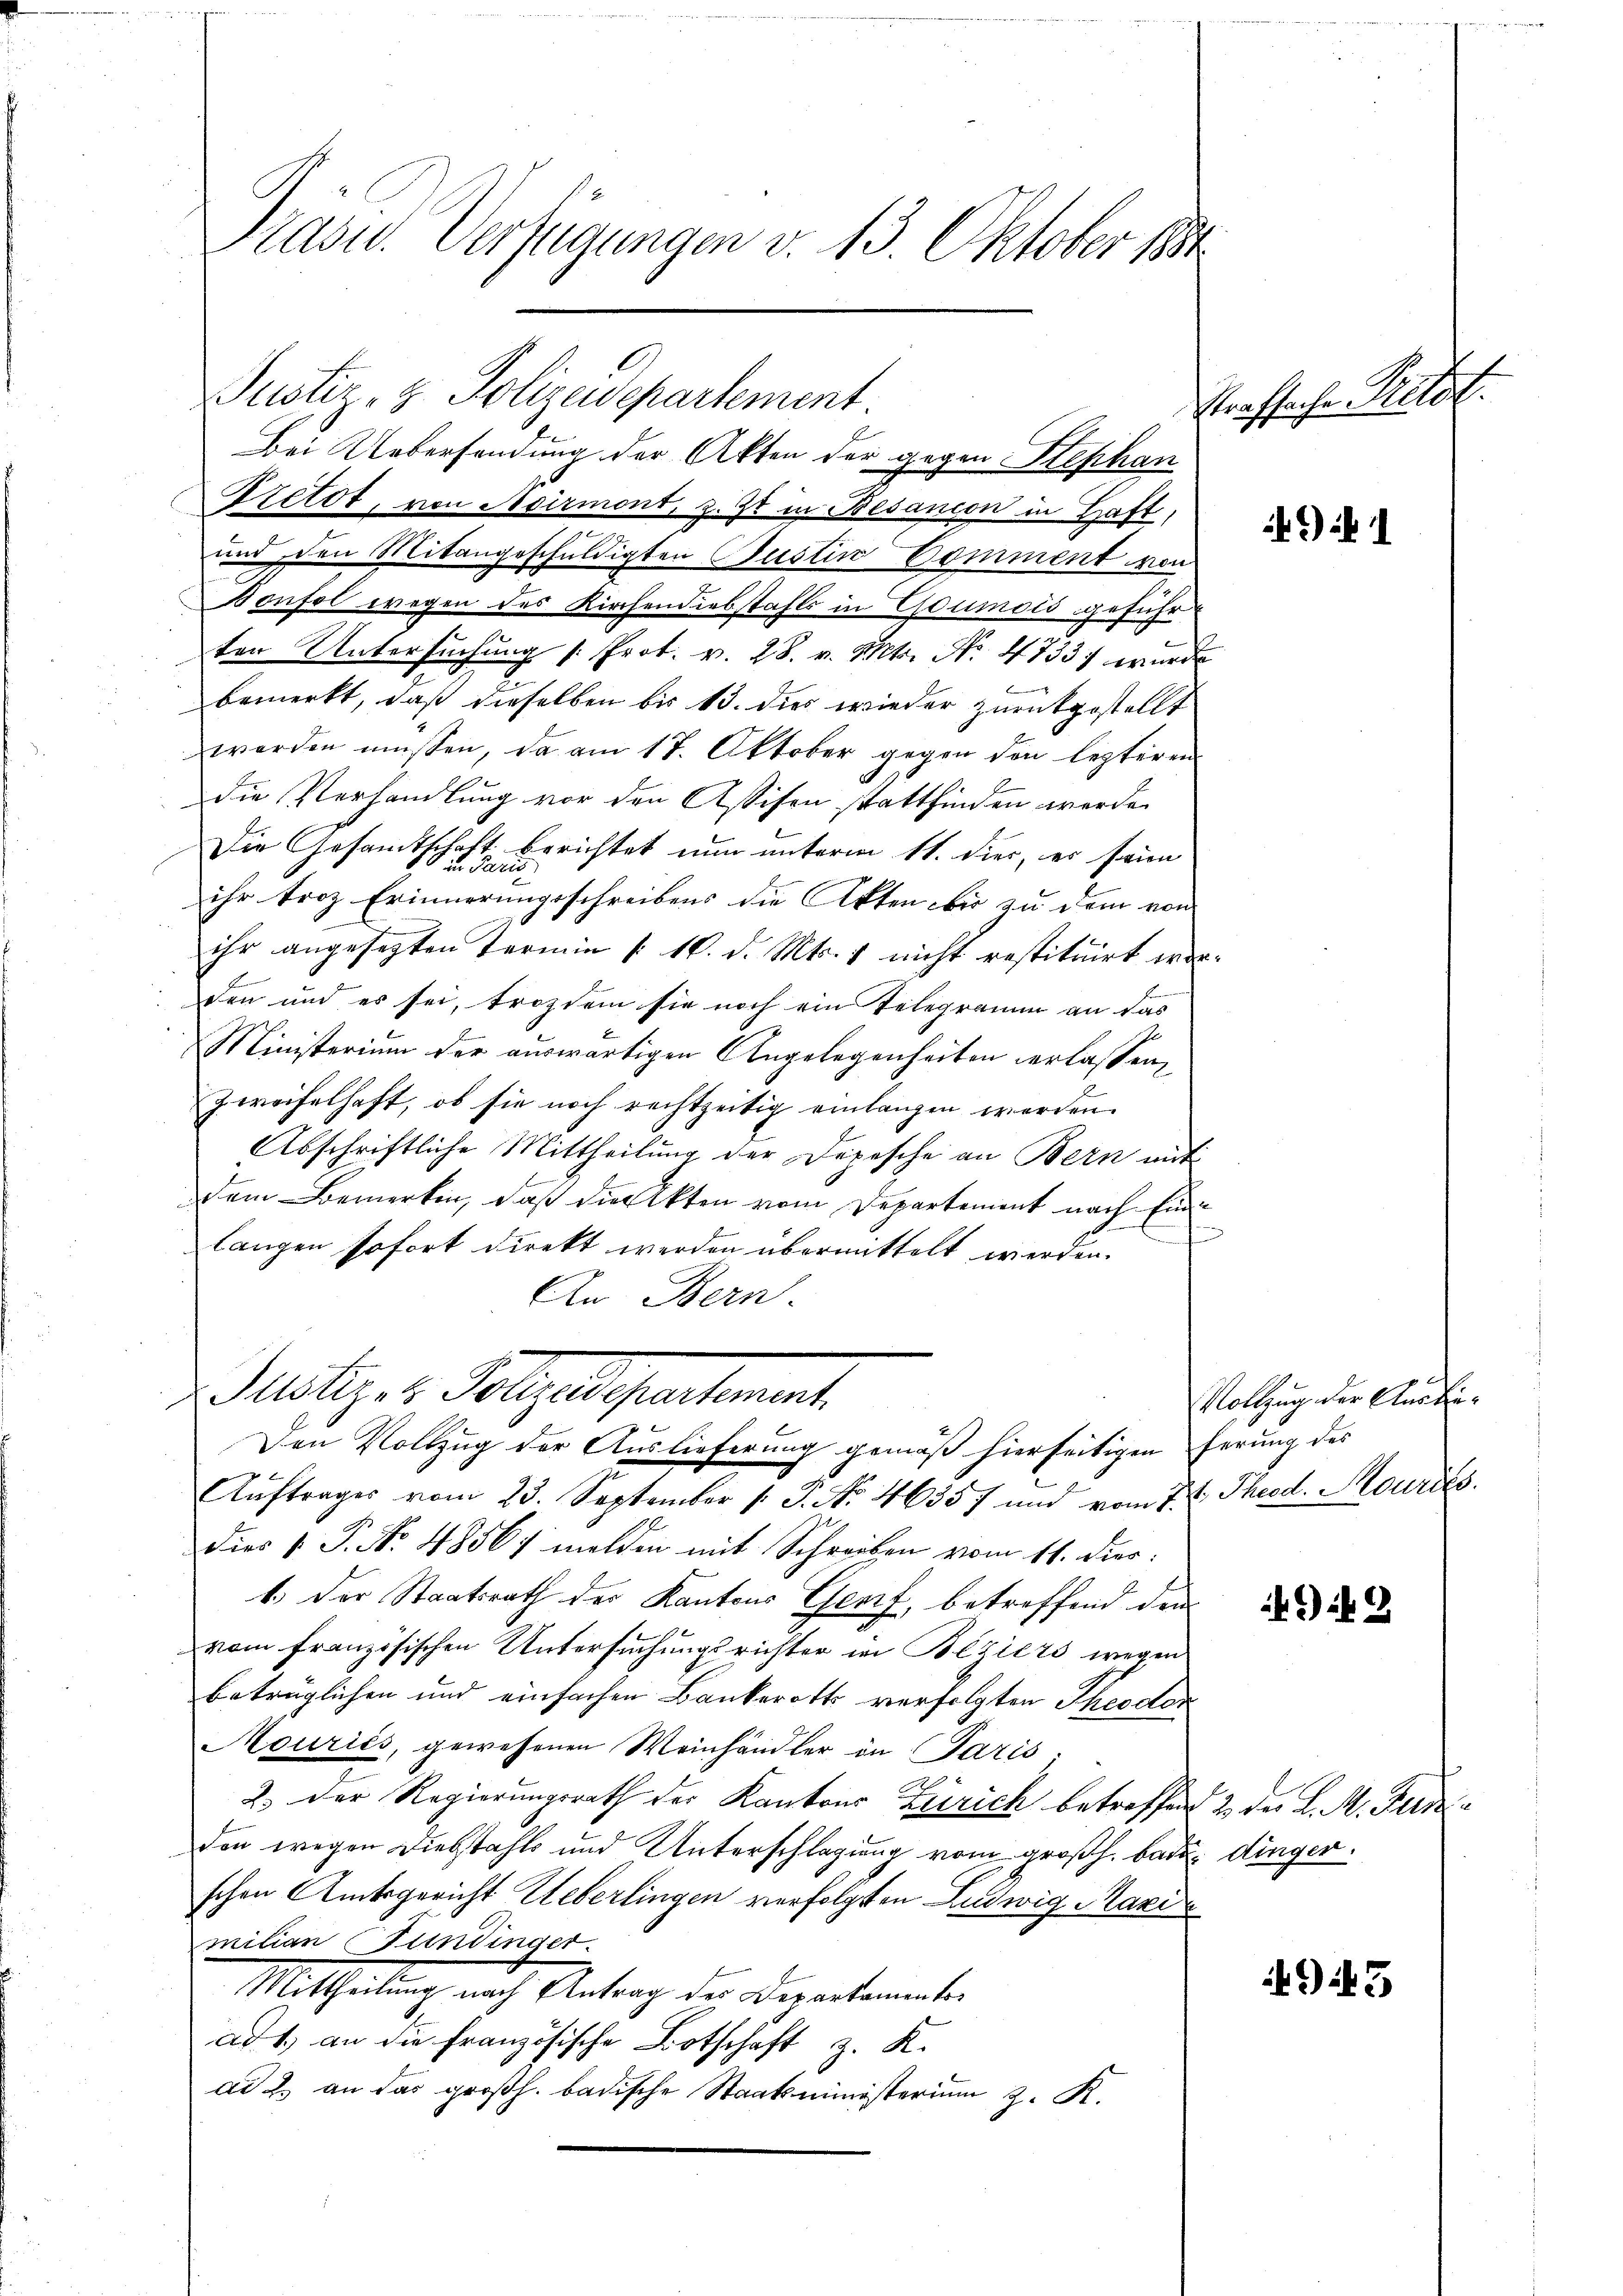
Präsid. Verfügungen v. 13. Oktober 184

Justiz- & Polizadepartement.
Bei Uebersendung der Akten der gegen Stephan
Pretot, von Adirmont, z. Zt in Besanion in Haft,
1
und den Mitangeschuldigten Bestin Domment von
Bonfol wegen des Kirchendiebstahls in Goumois geführ
ter Untersŭchŭng /: Prot. v. 28. v. Mts. No. 4733 wurde
bemerkt, daß dieselben bis 13. dies wieder zurückgestellt
worden müssen, da am 17. Oktober gegen den lezteren
die Verhandlung vor den Assifen stattfinden werde.
Die Gesamtschaft berichtet nun unterm 11. dies, er sein
ihr troz Erinnerungsschreibens die Akten bis zu dem von
ihr angesetzten Termin /: 10. d. Mts. 1 nicht restituirt worden und es sei, trozdem sie noch ein Telegramm an das
Ministerium der auswärtigen Angelegenheiten erlassen,
Zweifelhaft, ob sie noch rechtzeitig einlangen werden.
Abschriftliche Mittheilung der Depesche an Bern mit
dem Bemerken, daß die Akten vom Departement nach Endlangen sofort direkt werden übermittelt werden.
An Bern.
Satz. v. Pollaudepartement
Den Vollzug der Auslieferung gemäß hierseitigen herung des
Aŭftrages vom 23. September 1. P. No. 46357 und vom 7. ten Theod. Mourdés
Dies V. P. No 4856/ melden mit Schreiben vom 11. dies
1.) Der Staatsrath der Kantons Genf, betreffend dem
vom französischen Untersuchungsrichter in Beziers wegen
betrüglichen und einfachen Bankerotts verfolgten Theodor
Mouriés, gewesenen Weinhändler in Paris.
2.) Der Regierungsrath der Kantons Zürich betreffend 2 des L. M. Fern
don wegen Diebstahls und Unterschlagung vom großh. Bade dingerschen Amtsgericht Ueberlingen verfolgten Ludwig Mari
milian Fundinger.
Mittheilung nach Antrag der Departementen
ad 1., an die Französische Botschaft z. K.
ad 2. an das großh. badische Staatsministerium 2. N.

Strafsache Relat

?) in

Vollzug der Ausbie¬

9

493